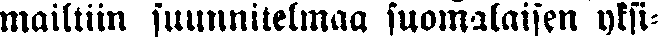
mailtiin suunnitelmaa suomalaisen yksi-